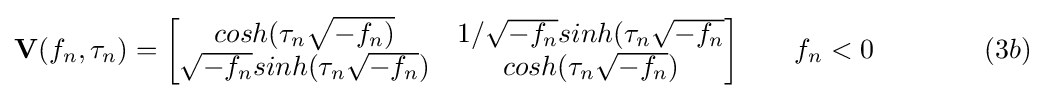
\mathbf {V} (f_{n},\tau _{n})={\begin{bmatrix}cosh(\tau _{n}{\sqrt {-f_{n})}}&1/{\sqrt {-f_{n}}}sinh(\tau _{n}{\sqrt {-f_{n}}}\\{\sqrt {-f_{n}}}sinh(\tau _{n}{\sqrt {-f_{n}}})&cosh(\tau _{n}{\sqrt {-f_{n}}})\end{bmatrix}}\qquad f_{n}<0\qquad \qquad (3b)